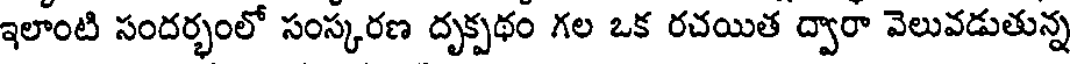
ఇలాంటి సందర్భంలో సంస్కరణ దృక్పథం గల ఒక రచయిత ద్వారా వెలువడుతున్న